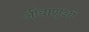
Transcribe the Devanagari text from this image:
जीवाणुओ